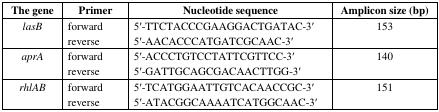
| The gene | Primer | Nucleotide sequence | Amplicon size (bp) |
 | --- | --- | --- | --- |
 | lasB | forwardreverse | 5′-TTCTACCCGAAGGACTGATAC-3′5′-AACACCCATGATCGCAAC-3′ | 153 |
 | aprA | forwardreverse | 5′-ACCCTGTCCTATTCGTTCC-3′5′-GATTGCAGCGACAACTTGG-3′ | 140 |
 | rhlAB | forwardreverse | 5′-TCATGGAATTGTCACAACCGC-3′5′-ATACGGCAAAATCATGGCAAC-3′ | 151 |